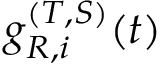
g _ { R , i } ^ { ( T , S ) } ( t )